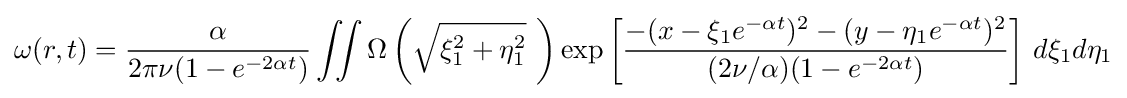
\omega (r,t)={\frac {\alpha }{2\pi \nu (1-e^{-2\alpha t})}}\iint \Omega \left({\sqrt {\xi _{1}^{2}+\eta _{1}^{2}}}~\right)\exp \left[{\frac {-(x-\xi _{1}e^{-\alpha t})^{2}-(y-\eta _{1}e^{-\alpha t})^{2}}{(2\nu /\alpha )(1-e^{-2\alpha t})}}\right]\,d\xi _{1}d\eta _{1}